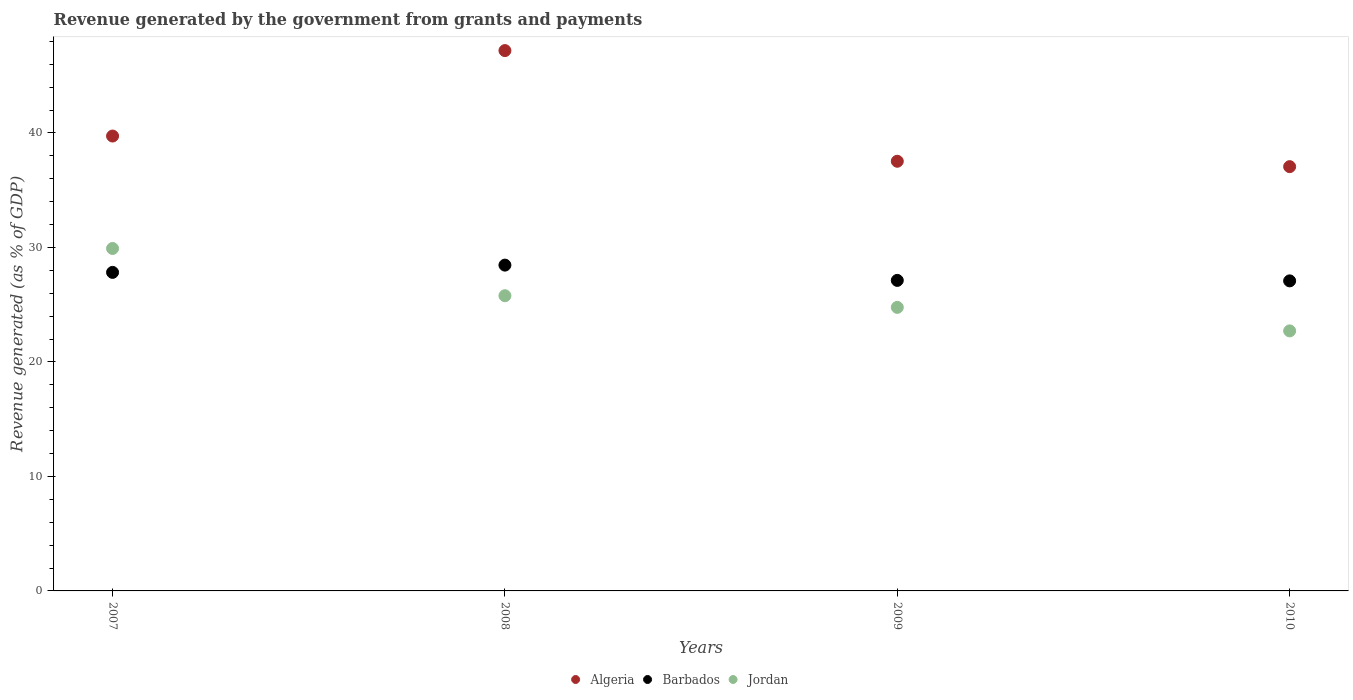
| Years | Algeria | Barbados | Jordan |
 | --- | --- | --- | --- |
 | 2007 | 39.7 | 27.8 | 29.9 |
 | 2008 | 47.2 | 28.5 | 25.8 |
 | 2009 | 37.5 | 27.1 | 24.8 |
 | 2010 | 37.1 | 27.1 | 22.7 |